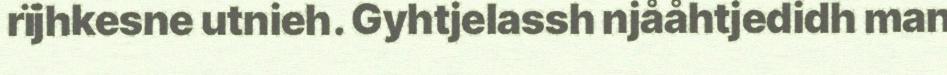
rïjhkesne utnieh. Gyhtjelassh njååhtjedidh man